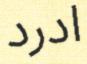
ادرد